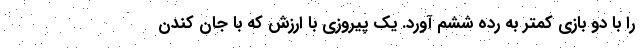
را با دو بازی کمتر به رده ششم آورد. یک پیروزی با ارزش که با جان کندن